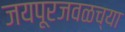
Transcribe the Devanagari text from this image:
जयपूरजवळच्या